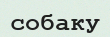
собаку